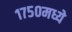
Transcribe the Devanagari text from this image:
१७५०मध्ये